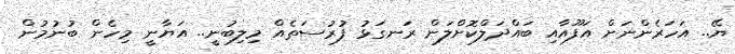
ޔޭ.. އަހަރެންނަށް އަފޫއާއި ބައްދަލްކޮށްލަން ރަނގަޅު ފުރުސަތެއް މިލިބުނީ.. އަޔާނީ މިހެން ބުނުމުން